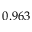
0 . 9 6 3